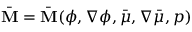
\bar { \mathbf { M } } = \bar { \mathbf { M } } ( \phi , \nabla \phi , \bar { \mu } , \nabla \bar { \mu } , p )